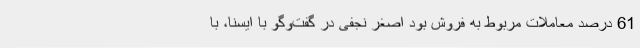
61 درصد معاملات مربوط به فروش بود اصغر نجفی در گفت‌وگو با ایسنا، با